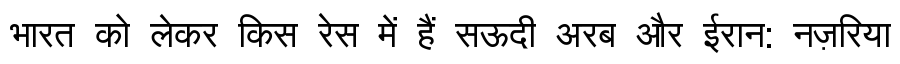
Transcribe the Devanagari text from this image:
भारत को लेकर किस रेस में हैं सऊदी अरब और ईरान: नज़रिया